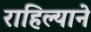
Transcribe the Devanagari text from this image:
राहिल्‍याने